Annual vaccination report of Bihar and Orissa - 1911-1928
Year: 1911
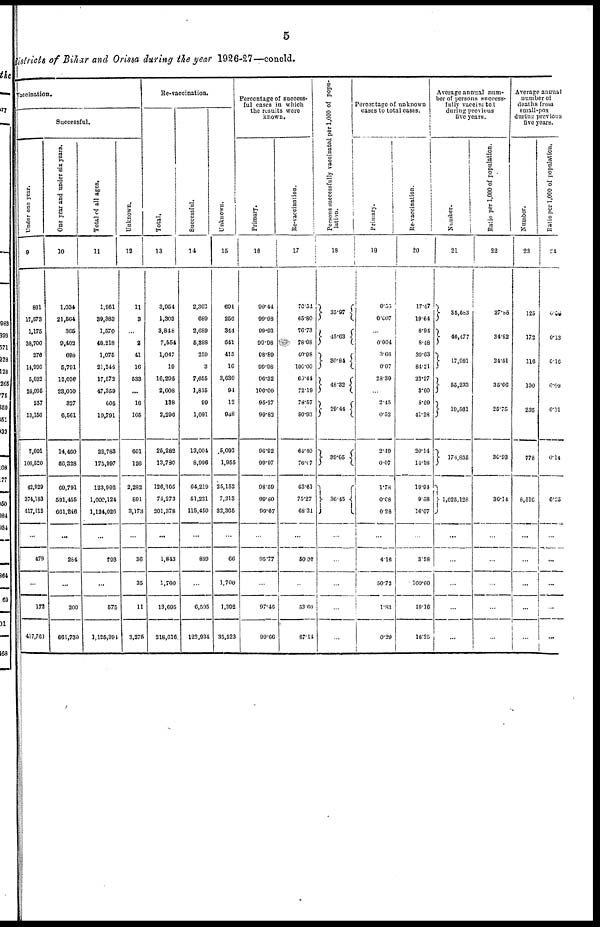
5
districts of Bihar and Orissa during the year 1926-27—concld.
Vaccination.
Successful.
Under one year.
9
861
17,573
1,175
38,700
276
14,996
5,032
24,095
257
13,156
7,601
108,520
42,929
374,183
417,112
...
479
...
172
417,763
One year and under six years.
10
1,034
21,564
365
9,402
698
5,791
12,036
23,010
327
6,561
14,460
86,328
69,791
591,455
661,246
...
284
...
200
661,730
Total of all ages.
11
1,961
39,383
1,570
48,218
1,075
21,246
17,572
47,359
605
19,791
22,783
175,997
123,902
1,000,124
1,124,026
...
793
...
575
1,125,394
Unknown.
12
11
3
...
2
41
16
533
...
16
105
601
126
2,282
891
3,173
...
36
35
11
3,275
Re-vaccination.
Total.
13
3,954
1,303
3,848
7,554
1,047
19
16,295
2,608
138
2,296
25,282
13,780
126,105
75,273
201,378
...
1,843
1,700
13,695
218,616
Successful.
14
2,302
689
2,689
5,398
259
3
7,655
1,815
99
1,091
13,004
8,996
64,219
51,231
115,450
...
889
...
6,595
122,934
Unknown.
15
961
259
344
641
415
16
3,630
94
12
948
5,092
1,955
25,152
7,213
32,365
...
66
1,700
1,392
35,523
Percentage of success-
ful cases in which
the results were
known.
Primary.
16
99.44
99.98
99.93
99.98
98.89
99.98
96.32
100.00
95.27
99.82
96.92
99.97
98.59
99.80
99.67
...
95.77
...
97.46
99.66
Re-vaccination.
17
70.54
65.80
76.73
78.08
40.98
100.00
60.44
72.19
78.57
80.93
64.40
76.07
63.61
75.27
68.31
...
50.02
53.60
67.14
Persons successfully vaccinated per 1,000 of popu-
lation.
18
35.97
45.63
30.84
48.32
29.44
39.65
36.45
...
...
...
...
...
Percentage of unknown
cases to total cases.
Primary.
19
0.55
0.607
...
0.004
3.66
0.07
28.39
...
2.45
0.52
2.49
0.07
1.78
0.08
0.28
...
4.16
50.72
1.83
0.29
Re-vaccination.
20
17.47
19.64
8.94
8.48
39.63
84.21
22.27
3.60
8.69
41.28
20.14
14.18
19.94
9.58
16.07
...
3.58
100.00
10.16
16.25
Average annual num-
ber of persons success-
fully vaccinated
during previous
five years.
Number.
21
35,583
46,477
17,981
55,233
19,561
174,835
1,025,128
...
...
...
...
...
Ratio per 1,000 of population.
22
27.86
34.82
24.51
35.66
25.75
30.93
30.14
...
...
...
...
...
Average annual
number of
deaths from
small-pox
during previous
five years.
Number.
23
125
172
116
130
235
778
8,516
...
...
...
...
...
Ratio per 1,000 of population.
24
6.58
0.13
0.16
0.09
0.31
0.14
0.25
...
...
...
...
...